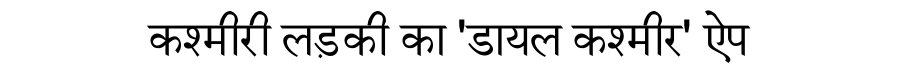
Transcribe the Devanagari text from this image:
कश्मीरी लड़की का 'डायल कश्मीर' ऐप